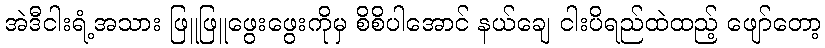
အဲဒီငါးရံ့အသား ဖြူဖြူဖွေးဖွေးကိုမှ စိစိပါအောင် နယ်ချေ ငါးပိရည်ထဲထည့် ဖျော်တော့